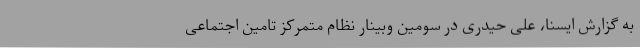
به گزارش ایسنا، علی حیدری در سومین وبینار نظام متمرکز تامین اجتماعی